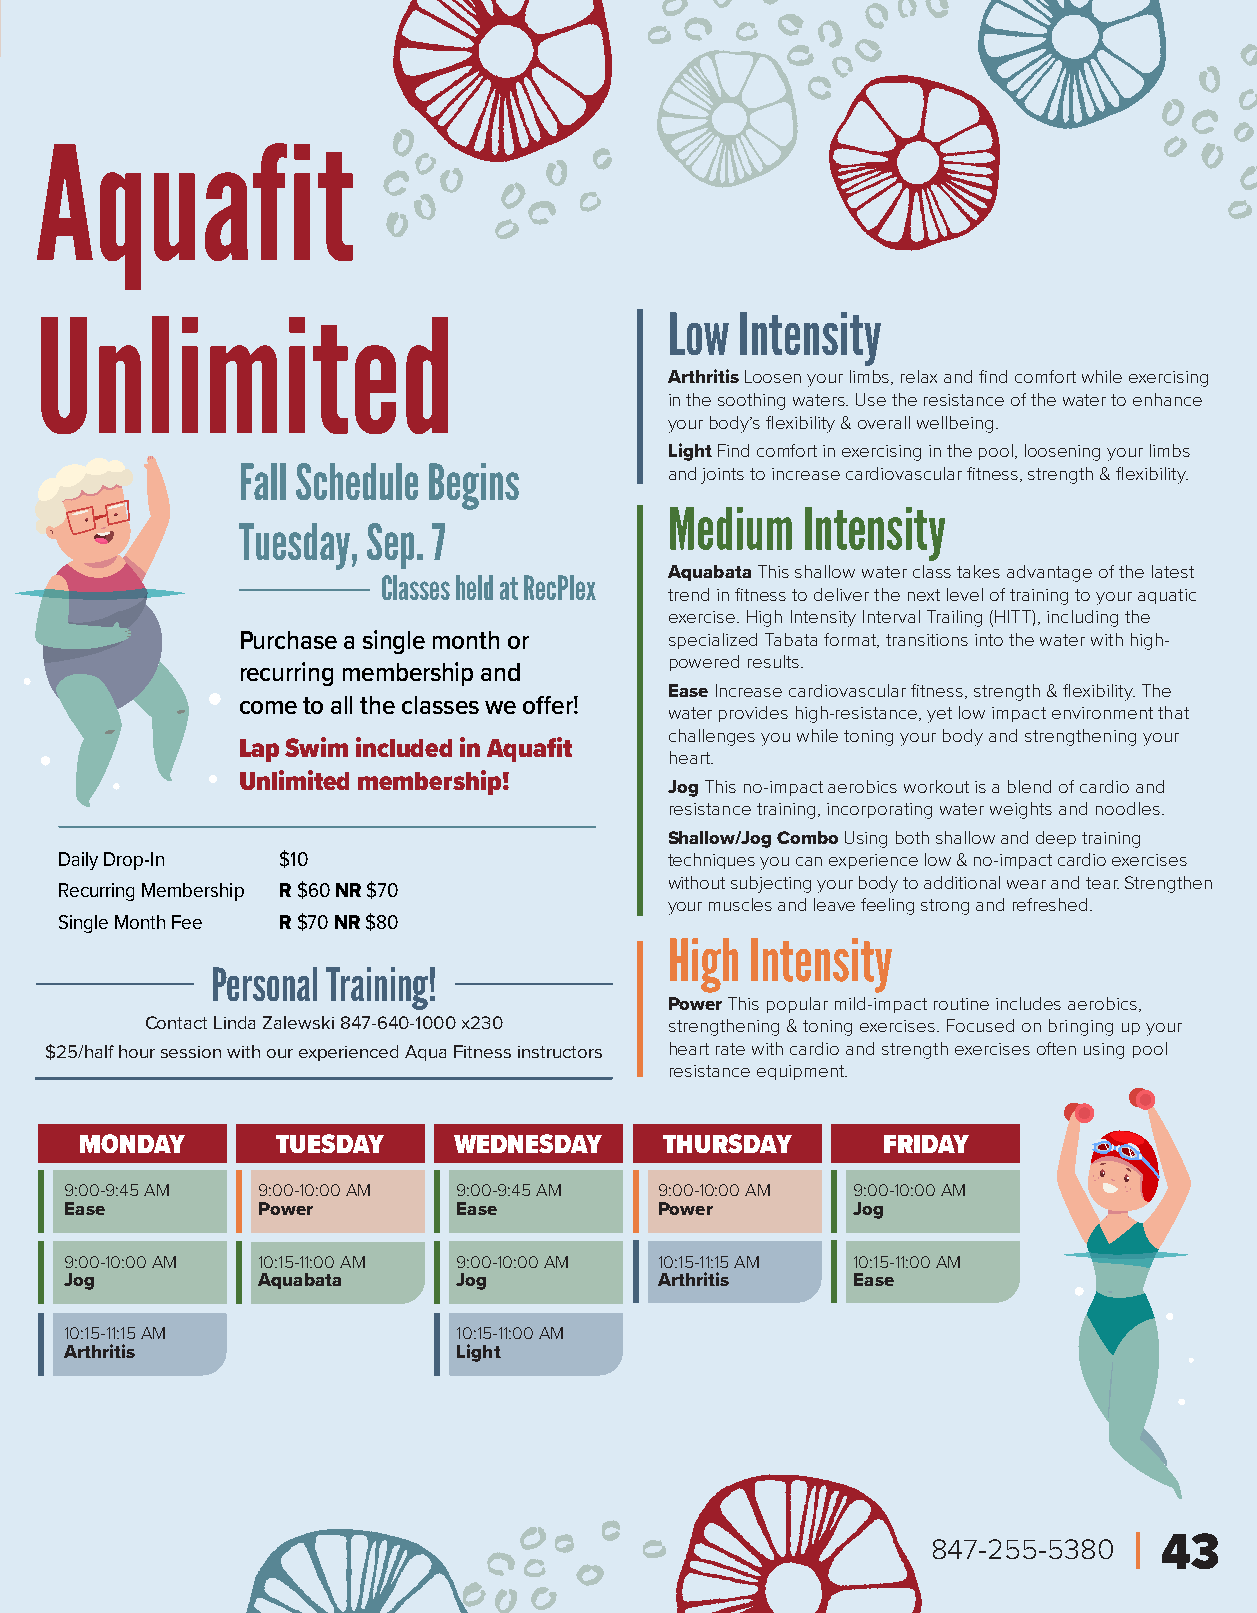
Aquafit
 Unlimited                                 Low  Intensity
 Arthritis Loosen your limbs, relax and find comfort while exercising
 in the soothing waters. Use the resistance of the water to enhance
 your body’s flexibility & overall wellbeing.
 Light Find comfort in exercising in the pool, loosening your limbs
 Fall Schedule Begins        and joints to increase cardiovascular fitness, strength & flexibility.
 Medium   Intensity
 Tuesday, Sep. 7
 Aquabata This shallow water class takes advantage of the latest
 Classes held at RecPlex
 trend in fitness to deliver the next level of training to your aquatic
 exercise. High Intensity Interval Trailing (HITT), including the
 Purchase a single month or  specialized Tabata format, transitions into the water with high-
 powered results.
 recurring membership and
 Ease Increase cardiovascular fitness, strength & flexibility. The
 come to all the classes we offer!
 water provides high-resistance, yet low impact environment that
 challenges you while toning your body and strengthening your
 Lap Swim included in Aquafit
 heart.
 Unlimited membership!
 Jog This no-impact aerobics workout is a blend of cardio and
 resistance training, incorporating water weights and noodles.
 Shallow/Jog Combo Using both shallow and deep training
 Daily Drop-In $10                       techniques you can experience low & no-impact cardio exercises
 without subjecting your body to additional wear and tear . Strengthen
 Recurring Membership R $60 NR $70
 your muscles and leave feeling strong and refreshed.
 Single Month Fee R $70 NR $80
 High  Intensity
 Personal Training!
 Power This popular mild-impact routine includes aerobics,
 Contact Linda Zalewski 847-640-1000 x230 strengthening & toning exercises. Focused on bringing up your
 $25/half hour session with our experienced Aqua Fitness instructors heart rate with cardio and strength exercises often using pool
 resistance equipment.
 MONDAY       TUESDAY     WEDNESDAY     THURSDAY      FRIDAY
 9:00-9:45 AM 9:00-10:00 AM 9:00-9:45 AM 9:00-10:00 AM 9:00-10:00 AM
 Ease         Power        Ease          Power       Jog
 9:00-10:00 AM 10:15-11:00 AM 9:00-10:00 AM 10:15-11:15 AM 10:15-11:00 AM
 Jog          Aquabata     Jog           Arthritis   Ease
 10:15-11:15 AM            10:15-11:00 AM
 Arthritis                 Light
 847-255-5380   43